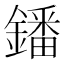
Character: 鐇